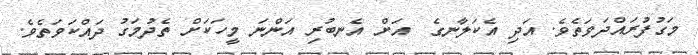
މަގުފުރައްދަވަތެވެ. އަދި އެކަލާނގެ  އަށް އެނބުރި އަންނަ މީހަކަށް ތެދުމަގު ދައްކަވަތެވެ.